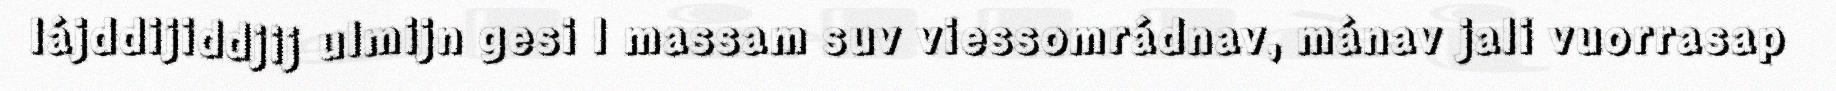
lájddijiddjij ulmijn gesi l massam suv viessomrádnav, mánav jali vuorrasap